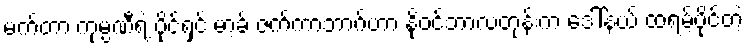
မက်တာ ကုမ္ပဏီရဲ့ ပိုင်ရှင် မာ့ခ် ဇက်ကာဘာ့ဂ်ဟာ နိုဝင်ဘာလတုန်းက ဒေါ်နယ် ထရမ့်ပိုင်တဲ့